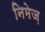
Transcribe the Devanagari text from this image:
निमेज़